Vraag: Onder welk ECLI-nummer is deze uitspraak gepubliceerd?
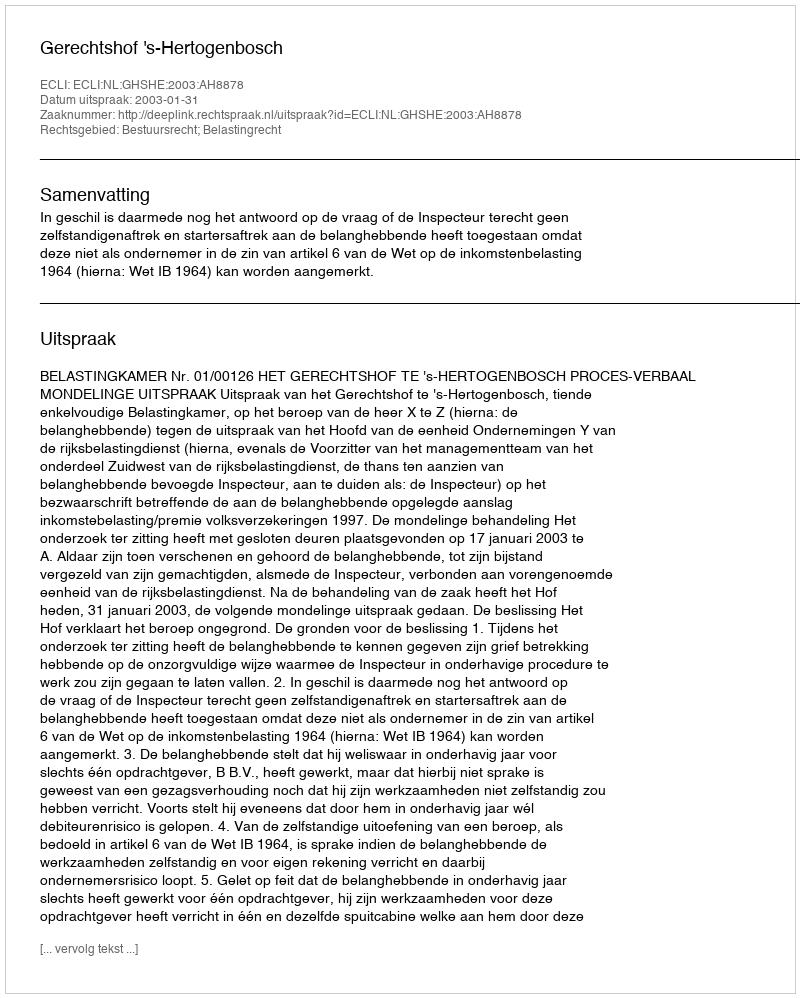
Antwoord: ECLI:NL:GHSHE:2003:AH8878